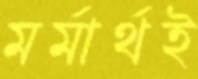
মর্মার্থই